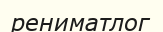
рениматлог